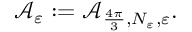
\begin{array} { r } { \mathcal A _ { \varepsilon } : = \mathcal A _ { { \frac { 4 \pi } { 3 } } , N _ { \varepsilon } , \varepsilon } . } \end{array}